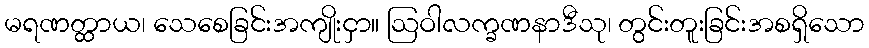
မရဏတ္ထာယ၊ သေစေခြင်းအကျိုးငှာ။ ဩဝါလက္ခဏနာဒီသု၊ တွင်းတူးခြင်းအစရှိသော